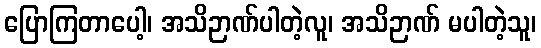
ပြောကြတာပေါ့၊ အသိဉာဏ်ပါတဲ့လူ၊ အသိဉာဏ် မပါတဲ့သူ၊